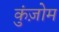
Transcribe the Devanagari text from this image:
कुंज़ोम